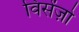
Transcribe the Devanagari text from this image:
विसेंज़ो